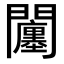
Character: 𨷠